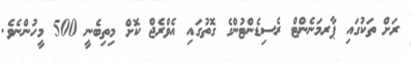
ރަށް ތަކުގައި ޕާރމަނެންޓް ރެސިޑެންޓުންގެ ގޮތުގައި އެވްރެޖް ކޮށް މިތިބެނީ 500 މީހުންނެވެ.